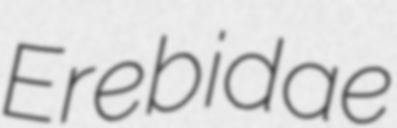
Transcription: Erebidae